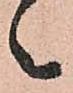
々